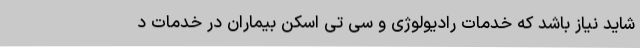
شاید نیاز باشد که خدمات رادیولوژی و سی تی اسکن بیماران در خدمات د